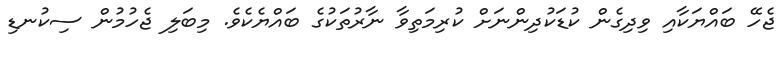
ޖެހޭ ބައްޔަކާއި ވިދިގެން ކުޑަކުދިންނަށް ކުރިމަތިވާ ނާރުތަކުގެ ބައްޔެކެވެ. މިބަލި ޖެހުމުން ސިކުނޑި